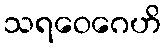
သရဝေဂေဟိ